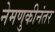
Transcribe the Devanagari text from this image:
नेमणुकीनंतर